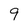
Character: 9